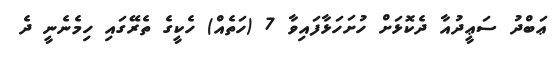
ޢަބްދު ސަޢީދުއާ ދެކޮޅަށް ހުށަހަޅާފައިވާ 7 (ހަތެއް) ހެކީގެ ތެރޭގައި ހިމެނެނީ ދެ